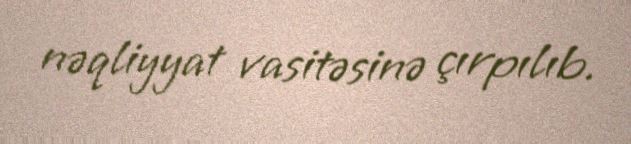
nəqliyyat vasitəsinə çırpılıb.